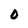
Character: O